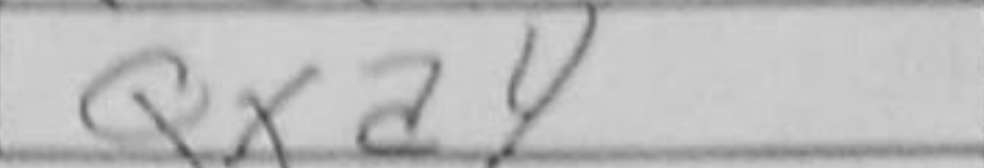
Transcription: Qxa4